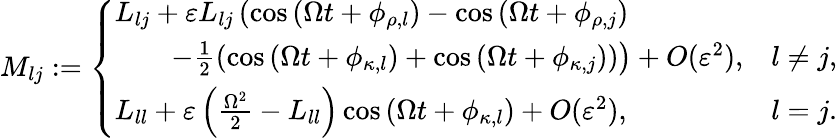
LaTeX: \begin{array}{r}{M_{lj}:=\left\{ \begin{array}{ll}{L_{lj}+\varepsilon L_{lj}\left(\cos{\left(\Omega t+\phi_{\rho,l}\right)}-\cos{\left(\Omega t+\phi_{\rho,j}\right)}\right.}\\ {\left.\qquad-\frac{1}{2}\left(\cos{\left(\Omega t+\phi_{\kappa,l}\right)}+\cos{\left(\Omega t+\phi_{\kappa,j}\right)}\right)\right)+O(\varepsilon^{2}),}&{l\neq j,}\\ {L_{ll}+\varepsilon\left(\frac{\Omega^{2}}{2}-L_{ll}\right)\cos{\left(\Omega t+\phi_{\kappa,l}\right)}+O(\varepsilon^{2}),}&{l=j.}\end{array}\right.}\end{array}